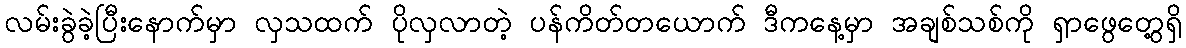
လမ်းခွဲခဲ့ပြီးနောက်မှာ လှသထက် ပိုလှလာတဲ့ ပန်ကိတ်တယောက် ဒီကနေ့မှာ အချစ်သစ်ကို ရှာဖွေတွေ့ရှိ